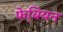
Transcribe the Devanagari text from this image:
फे़बियन